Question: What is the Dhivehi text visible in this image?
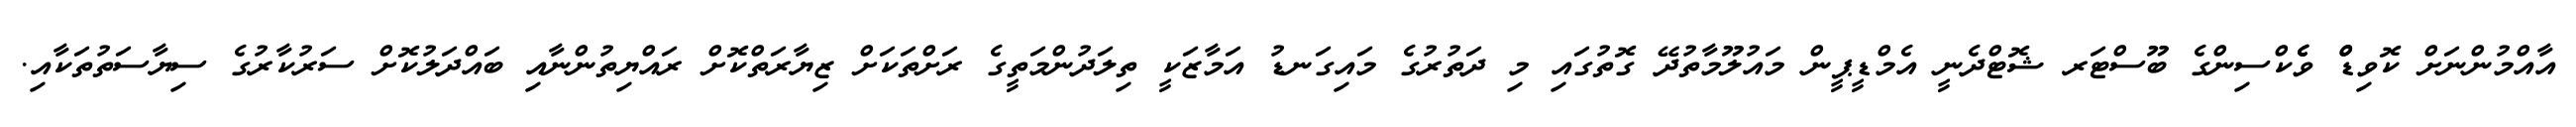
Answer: އާއްމުންނަށް ކޮވިޑްް ވެެކްސިންގެ ބޫސްޓަރ ޝޮޓްދެނީ އެމްޑީޕީން މައުލޫމާތުދޭ ގޮތުގައި މި ދަތުރުގެ މައިގަނޑު އަމާޒަކީ ތިލަދުންމަތީގެ ރަށްތަކަށް ޒިޔާރަތްކޮށް ރައްޔިތުންނާއި ބައްދަލުކޮށް ސަރުކާރުގެ ސިޔާސަތުތަކާއި.